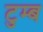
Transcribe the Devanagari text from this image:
टुम्ब